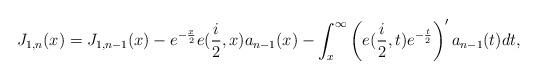
LaTeX: \begin{align*}J_{1,n}(x)=J_{1,n-1}(x)-e^{-\frac{x}{2}}e(\frac{i}{2},x)a_{n-1}(x)-\int_{x}^{\infty}\left( e(\frac{i}{2},t)e^{-\frac{t}{2}}\right) ^{\prime}a_{n-1}(t)dt, \end{align*}